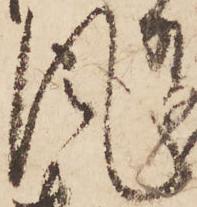
風